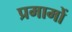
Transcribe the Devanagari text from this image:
प्रमामों